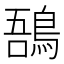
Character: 𪁙